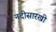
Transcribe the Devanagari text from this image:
नदीसारखी